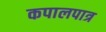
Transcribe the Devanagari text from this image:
कपालपात्र